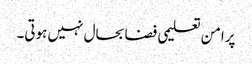
پرامن تعلیمی فضا بحال نہیں ہوتی۔